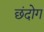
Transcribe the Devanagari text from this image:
छंदोग